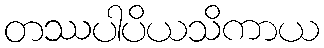
တဿပါပိယသိကာယ